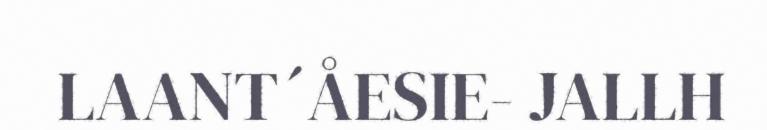
LAANT´ÅESIE- JALLH